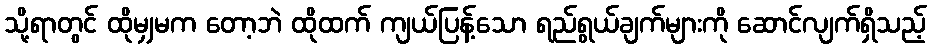
သို့ရာတွင် ထိုမျှမက တော့ဘဲ ထိုထက် ကျယ်ပြန့်သော ရည်ရွယ်ချက်များကို ဆောင်လျက်ရှိသည့်